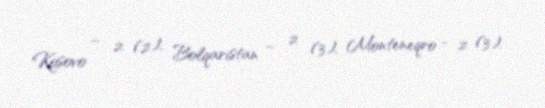
Kosovo – 2 (2), Bolqarıstan – 2 (3), Monteneqro - 2 (3).